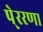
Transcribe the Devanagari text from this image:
पे्ररणा